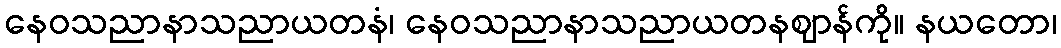
နေဝသညာနာသညာယတနံ၊ နေဝသညာနာသညာယတနဈာန်ကို။ နယတော၊